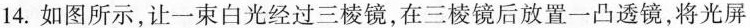
14.如图所示，让一束白光经过三棱镜，在三棱镜后放置一凸透镜，将光屏